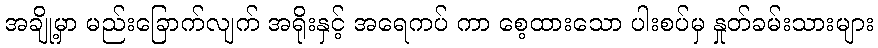
အချို့မှာ မည်းခြောက်လျက် အရိုးနှင့် အရေကပ် ကာ စေ့ထားသော ပါးစပ်မှ နှုတ်ခမ်းသားများ